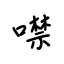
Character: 噤